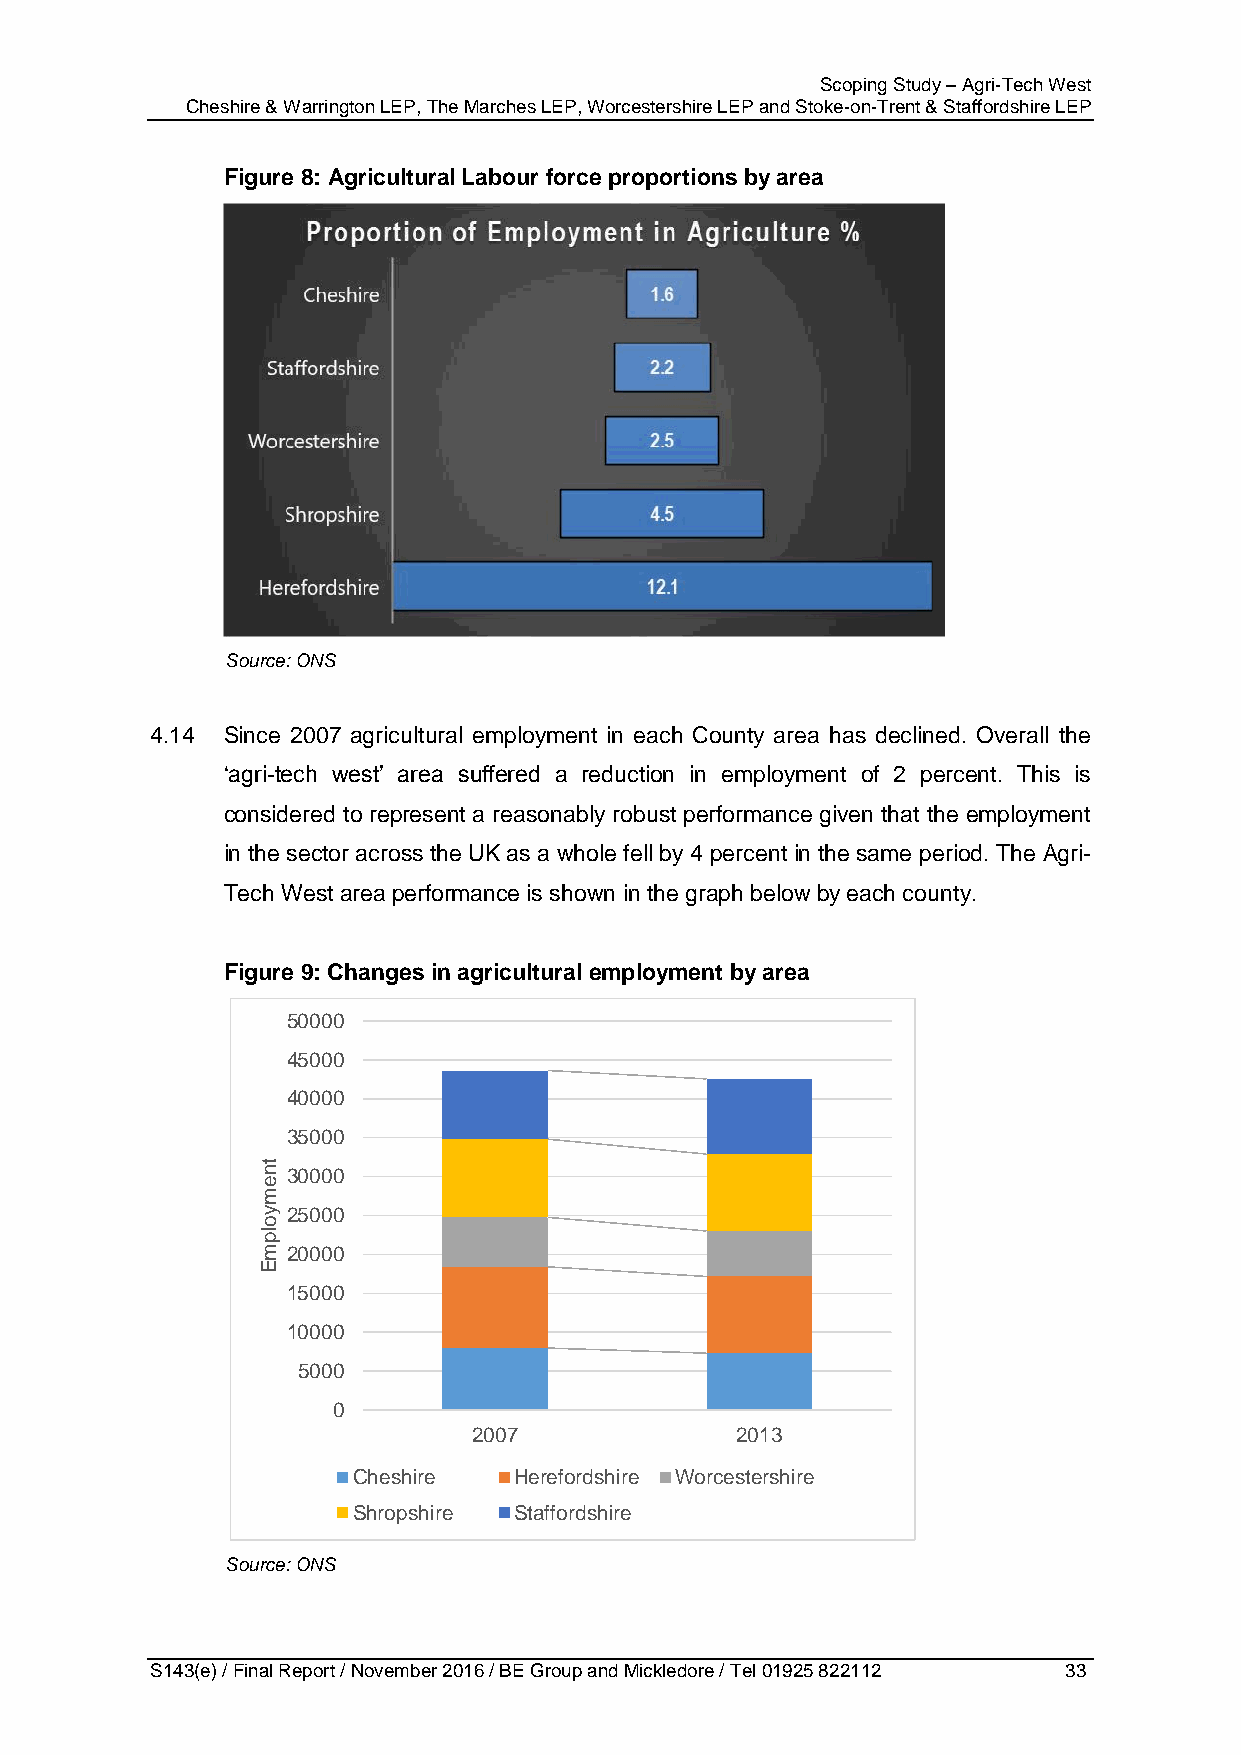
Scoping Study – Agri-Tech West
 Cheshire & Warrington LEP, The Marches LEP, Worcestershire LEP and Stoke-on-Trent & Staffordshire LEP
 Figure 8: Agricultural Labour force proportions by area
 Source: ONS
 4.14 Since 2007 agricultural employment in each County area has declined. Overall the
 ‘agri-tech west’ area suffered a reduction in employment of 2 percent. This is
 considered to represent a reasonably robust performance given that the employment
 in the sector across the UK as a whole fell by 4 percent in the same period. The Agri-
 Tech West area performance is shown in the graph below by each county.
 Figure 9: Changes in agricultural employment by area
 50000
 45000
 40000
 35000
 tn
 30000
 e
 m
 y 25000
 o
 lp
 m 20000
 E
 15000
 10000
 5000
 0
 2007              2013
 Cheshire   Herefordshire Worcestershire
 Shropshire Staffordshire
 Source: ONS
 S143(e) / Final Report / November 2016 / BE Group and Mickledore / Tel 01925 822112 33